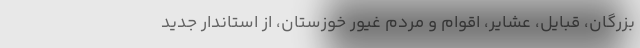
بزرگان، قبایل، عشایر، اقوام و مردم غیور خوزستان، از استاندار جدید